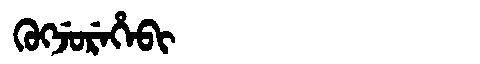
Manchu: ᡴᡠᡴᠵᡠᡵᡝᡥᡝᠪᡳ
Romanization: KUKJUREHEBI